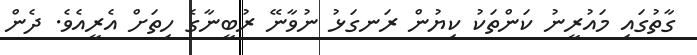
ގާތުގައި މައުރީނު ކަންތަކު ކިޔުން ރަނގަޅު ނުވާނޭ ރުބީނާގެ ހިތަށް އެރީއެވެ. ދެން